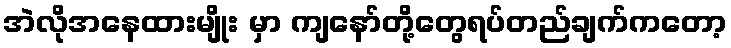
အဲလိုအနေထားမျိုး မှာ ကျနော်တို့တွေရပ်တည်ချက်ကတော့